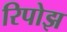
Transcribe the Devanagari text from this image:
रिपोझ